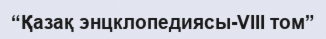
“Қазақ энцклопедиясы-VIII том”